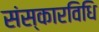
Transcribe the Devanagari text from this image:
संस्कारविधि